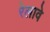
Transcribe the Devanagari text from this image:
रेलावे